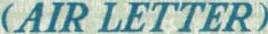
(AIR LETTER)